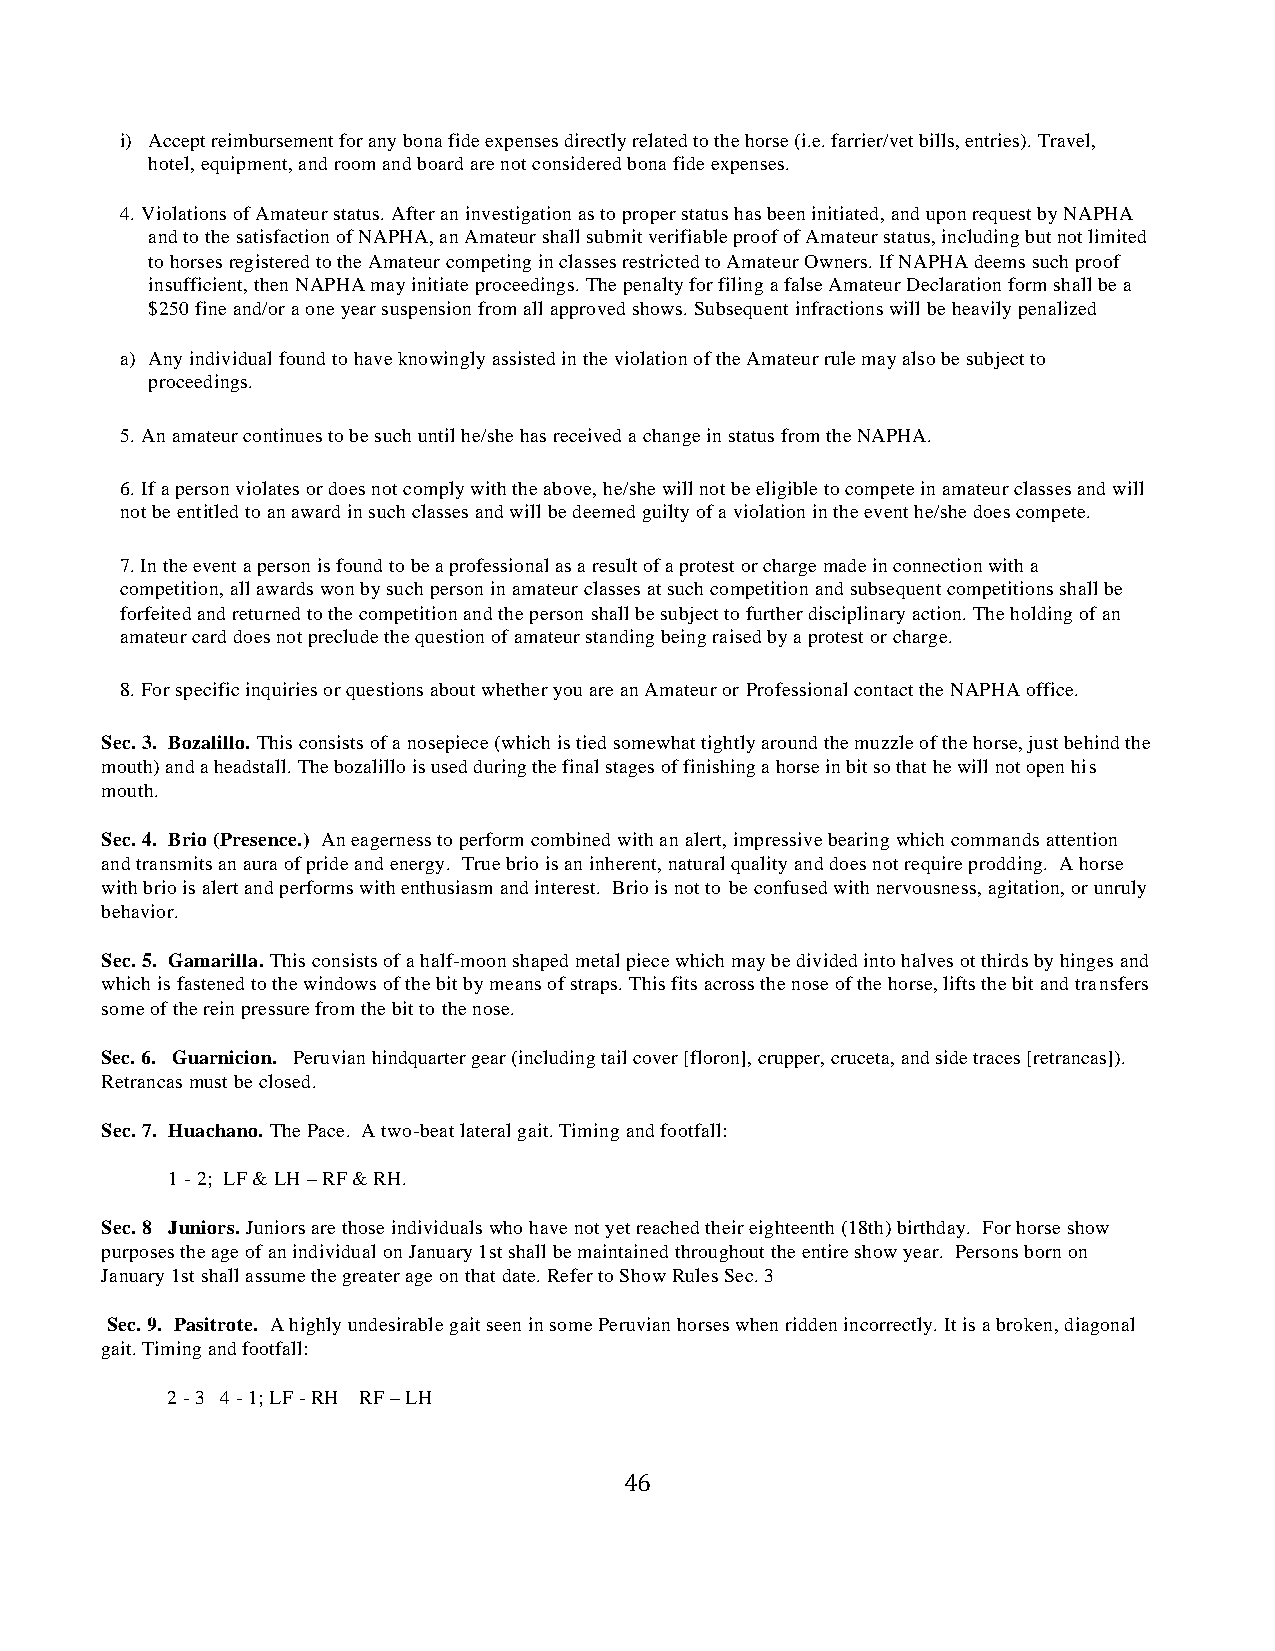
i) Accept reimbursement for any bona fide expenses directly related to the horse (i.e. farrier/vet bills, entries). Travel,
 hotel, equipment, and room and board are not considered bona fide expenses.
 4. Violations of Amateur status. After an investigation as to proper status has been initiated, and upon request by NAPHA
 and to the satisfaction of NAPHA, an Amateur shall submit verifiable proof of Amateur status, including but not limited
 to horses registered to the Amateur competing in classes restricted to Amateur Owners. If NAPHA deems such proof
 insufficient, then NAPHA may initiate proceedings. The penalty for filing a false Amateur Declaration form shall be a
 $250 fine and/or a one year suspension from all approved shows. Subsequent infractions will be heavily penalized
 a) Any individual found to have knowingly assisted in the violation of the Amateur rule may also be subject to
 proceedings.
 5. An amateur continues to be such until he/she has received a change in status from the NAPHA.
 6. If a person violates or does not comply with the above, he/she will not be eligible to compete in amateur classes and will
 not be entitled to an award in such classes and will be deemed guilty of a violation in the event he/she does compete.
 7. In the event a person is found to be a professional as a result of a protest or charge made in connection with a
 competition, all awards won by such person in amateur classes at such competition and subsequent competitions shall be
 forfeited and returned to the competition and the person shall be subject to further disciplinary action. The holding of an
 amateur card does not preclude the question of amateur standing being raised by a protest or charge.
 8. For specific inquiries or questions about whether you are an Amateur or Professional contact the NAPHA office.
 Sec. 3. Bozalillo. This consists of a nosepiece (which is tied somewhat tightly around the muzzle of the horse, just behind the
 mouth) and a headstall. The bozalillo is used during the final stages of finishing a horse in bit so that he will not open his
 mouth.
 Sec. 4. Brio (Presence.) An eagerness to perform combined with an alert, impressive bearing which commands attention
 and transmits an aura of pride and energy. True brio is an inherent, natural quality and does not require prodding. A horse
 with brio is alert and performs with enthusiasm and interest. Brio is not to be confused with nervousness, agitation, or unruly
 behavior.
 Sec. 5. Gamarilla. This consists of a half-moon shaped metal piece which may be divided into halves ot thirds by hinges and
 which is fastened to the windows of the bit by means of straps. This fits across the nose of the horse, lifts the bit and transfers
 some of the rein pressure from the bit to the nose.
 Sec. 6. Guarnicion. Peruvian hindquarter gear (including tail cover [floron], crupper, cruceta, and side traces [retrancas]).
 Retrancas must be closed.
 Sec. 7. Huachano. The Pace. A two-beat lateral gait. Timing and footfall:
 1 - 2; LF & LH – RF & RH.
 Sec. 8 Juniors. Juniors are those individuals who have not yet reached their eighteenth (18th) birthday. For horse show
 purposes the age of an individual on January 1st shall be maintained throughout the entire show year. Persons born on
 January 1st shall assume the greater age on that date. Refer to Show Rules Sec. 3
 Sec. 9. Pasitrote. A highly undesirable gait seen in some Peruvian horses when ridden incorrectly. It is a broken, diagonal
 gait. Timing and footfall:
 2 - 3 4 - 1; LF - RH RF – LH
 46